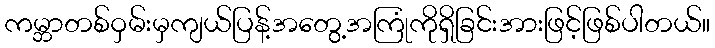
ကမ္ဘာတစ်ဝှမ်းမှကျယ်ပြန့်အတွေ့အကြုံကိုရှိခြင်းအားဖြင့်ဖြစ်ပါတယ်။